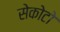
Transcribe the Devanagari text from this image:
सेकोटो